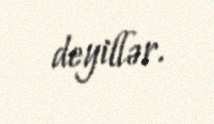
deyillər.